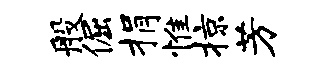
般倔捐惟掠芳